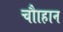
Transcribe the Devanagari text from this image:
चौाहान